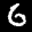
Label: 6